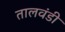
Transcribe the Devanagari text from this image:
तालवंडी